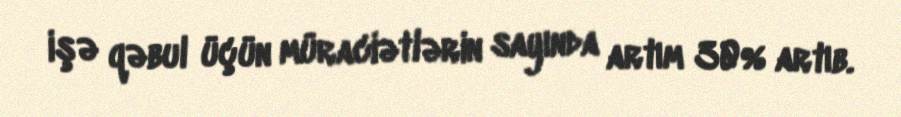
işə qəbul üçün müraciətlərin sayında artım 30% artıb.